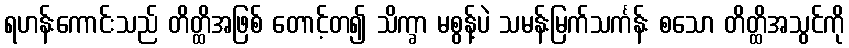
ရဟန်းကောင်းသည် တိတ္ထိအဖြစ် တောင့်တ၍ သိက္ခာ မစွန့်ပဲ သမန်းမြက်သင်္ကန်း စသော တိတ္ထိအသွင်ကို